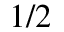
1 / 2